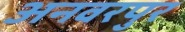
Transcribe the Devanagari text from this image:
अनवरपुर